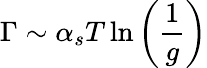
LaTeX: \Gamma\sim\alpha_{s}T\ln\left(\frac{1}{g}\right)